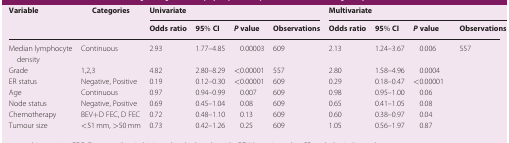
| <ROWSPAN=2> Variable | <ROWSPAN=2> Categories | <COLSPAN=4> Univariate | <COLSPAN=4> Multivariate |
 | Odds ratio | 95% CI | P value | Observations | Odds ratio | 95% CI | P value | Observations |
 | --- | --- | --- | --- | --- | --- | --- | --- | --- | --- |
 | Median lymphocyte density | Continuous | 2.93 | 1.77–4.85 | 0.00003 | 609 | 2.13 | 1.24–3.67 | 0.006 | <ROWSPAN=7> 557 |
 | Grade | 1,2,3 | 4.82 | 2.80–8.29 | <0.00001 | 557 | 2.80 | 1.58–4.96 | 0.0004 |
 | ER status | Negative, Positive | 0.19 | 0.12–0.30 | <0.00001 | 609 | 0.29 | 0.18–0.47 | <0.00001 |
 | Age | Continuous | 0.97 | 0.94–0.99 | 0.007 | 609 | 0.98 | 0.95–1.00 | 0.06 |
 | Node status | Negative, Positive | 0.69 | 0.45–1.04 | 0.08 | 609 | 0.65 | 0.41–1.05 | 0.08 |
 | Chemotherapy | BEV+D FEC, D FEC | 0.72 | 0.48–1.10 | 0.13 | 609 | 0.60 | 0.38–0.97 | 0.04 |
 | Tumour size | <51 mm, >50 mm | 0.73 | 0.42–1.26 | 0.25 | 609 | 1.05 | 0.56–1.97 | 0.87 |